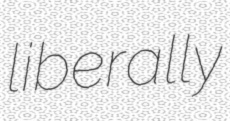
liberally